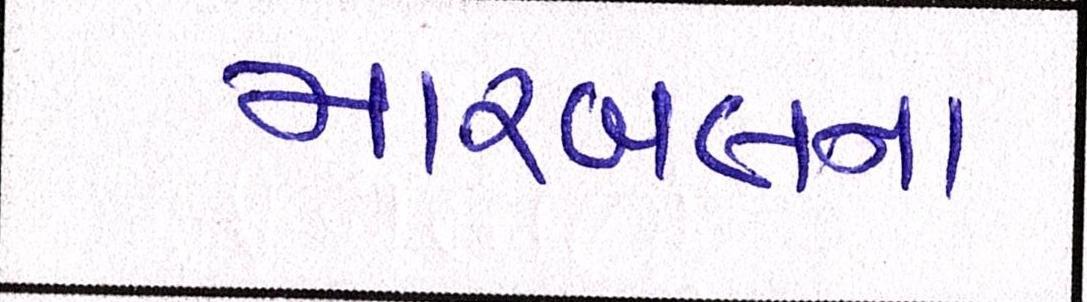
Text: મારબલના